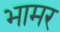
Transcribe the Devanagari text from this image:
भामर